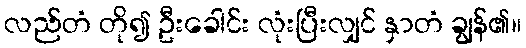
လည်တံ တို၍ ဦးခေါင်း လုံးပြီးလျှင် နှာတံ ချွန်၏။